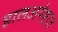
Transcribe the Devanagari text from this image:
हालअपेष्टात